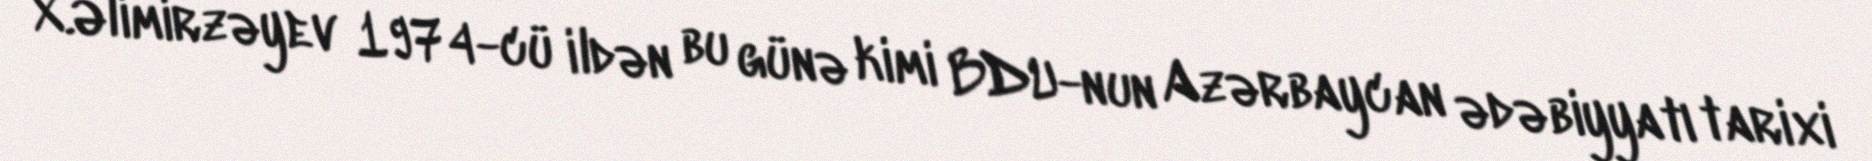
X.Əlimirzəyev 1974-cü ildən bu günə kimi BDU-nun Azərbaycan ədəbiyyatı tarixi